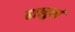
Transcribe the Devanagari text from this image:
ढालुवां